Annual report on the working of the lock hospitals in the North-Western Provinces and Oudh
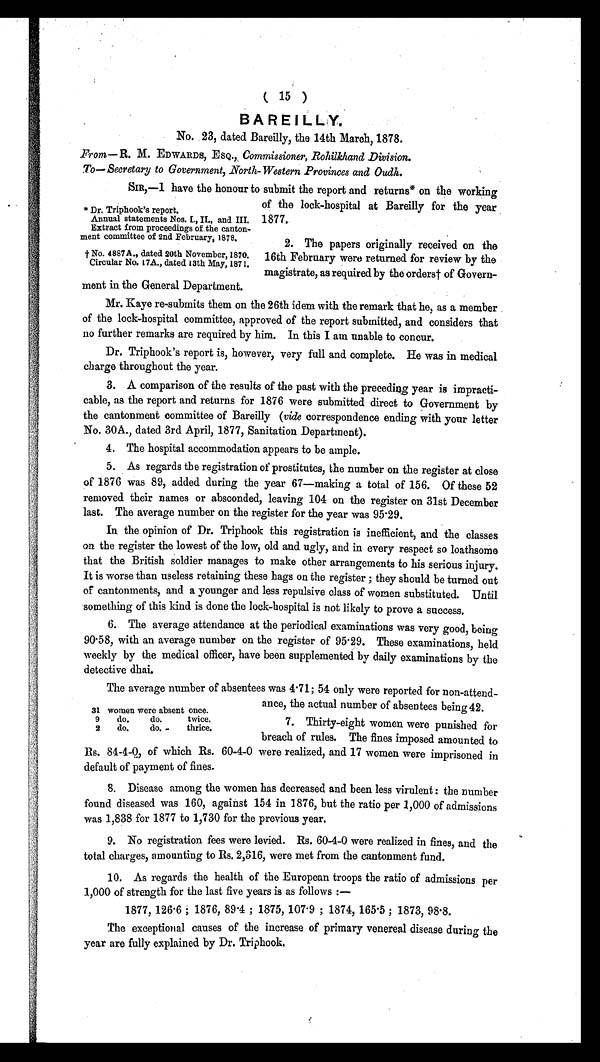
* Dr. Triphook's report.
Annual statements Nos. I., IL, and III.
Extract from proceedings of the canton
-ment committee of 2nd February, 1878.
† No. 4887 A ., dated 20th November, 1870.
Circular No. 17A., dated 13th May, 1871.
The average number of absentees was 4 . 71; 54 only were reported for non-attend-
ance, the actual number of absentees being 42.
7 . Thirty-eight women were punished for
breach of rules. The fines imposed amounted to
Rs. 84-4-0, of which Rs. 60-4-0 were realized, and 17 women were imprisoned in
default of payment of fines.
31 women were absent once.
9
do.
do.
twice.
2
do.
do.
thrice.
( 15 )
BAREILLY.
No. 23, dated Bareilly, the 14th March, 1878.
From— R. M. EDWARDS, ESQ., Commissioner, Rohilkhand Division.
To— Secretary to Government, North-Western Provinces and Oudh.
SIR,-I have the honour to submit the report and returns* on the working
of the lock-hospital at Bareilly for the year
1877.
2. The papers originally received on the
16th February were returned for review by the
magistrate, as required by the orders† of Govern-
ment in the General Department.
Mr. Kaye re-submits them on the 26th idem with the remark that he, as a member
of the lock-hospital committee, approved of the report submitted, and considers that
no further remarks are required by him. In this I am unable to concur.
Dr. Triphook's report is, however, very full and complete. He was in medical
charge throughout the year.
3. A comparison of the results of the past with the preceding year is impracti-
cable, as the report and returns for 1876 were submitted direct to Government by
the cantonment committee of Bareilly (vide correspondence ending with your letter
No. 30A., dated 3rd April, 1877, Sanitation Department).
4. The hospital accommodation appears to be ample.
5. As regards the registration of prostitutes, the number on the register at close
of 1876 was 89, added during the year 67—making a total of 156. Of these 52
removed their names or absconded, leaving 104 on the register on 31st December
last. The average number on the register for the year was 95·29.
In the opinion of Dr. Triphook this registration is inefficient, and the classes
on the register the lowest of the low, old and ugly, and in every respect so loathsome
that the British soldier manages to make other arrangements to his serious injury.
It is worse than useless retaining these hags on the register ; they should be turned out
of cantonments, and a younger and less repulsive class of women substituted. Until
something of this kind is done the lock-hospital is not likely to prove a success.
6. The average attendance at the periodical examinations was very good, being
90. 58, with an average number on the register of 95 . 29. These examinations, held
weekly by the medical officer, have been supplemented by daily examinations by the
detective dhai.
8. Disease among the women has decreased and been less virulent : the number
found diseased was 160, against 154 in 1876, but the ratio per 1,000 of admissions
was 1,838 for 1877 to 1,730 for the previous year.
9. No registration fees were levied. Rs. 60-4-0 were realized in fines, and the
total charges, amounting to Rs. 2,316, were met from the cantonment fund.
10. As regards the health of the European troops the ratio of admissions per
1,000 of strength for the last five years is as follows :—
1877, 126 . 6 ; 1876, 89 .4 ; 1875, 107 . 9 ; 1874, 165 .5 ; 1873, 98·8.
The exceptional causes of the increase of primary venereal disease during the
year are fully explained by Dr. Triphook.